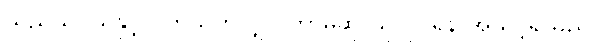
သည်သူငယ်နှင့် ပတ်သက်လျှင် ဘာမဆို သူလုပ်ရန် အသင့်ရှိသည်။